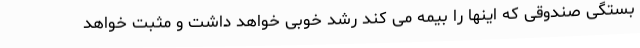
بستگی صندوقی که اینها را بیمه می کند رشد خوبی خواهد داشت و مثبت خواهد